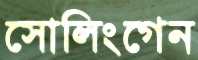
সোলিংগেন